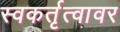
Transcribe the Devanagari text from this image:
स्वकर्तृत्वावर